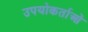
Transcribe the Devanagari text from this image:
उपयोकर्ताओं